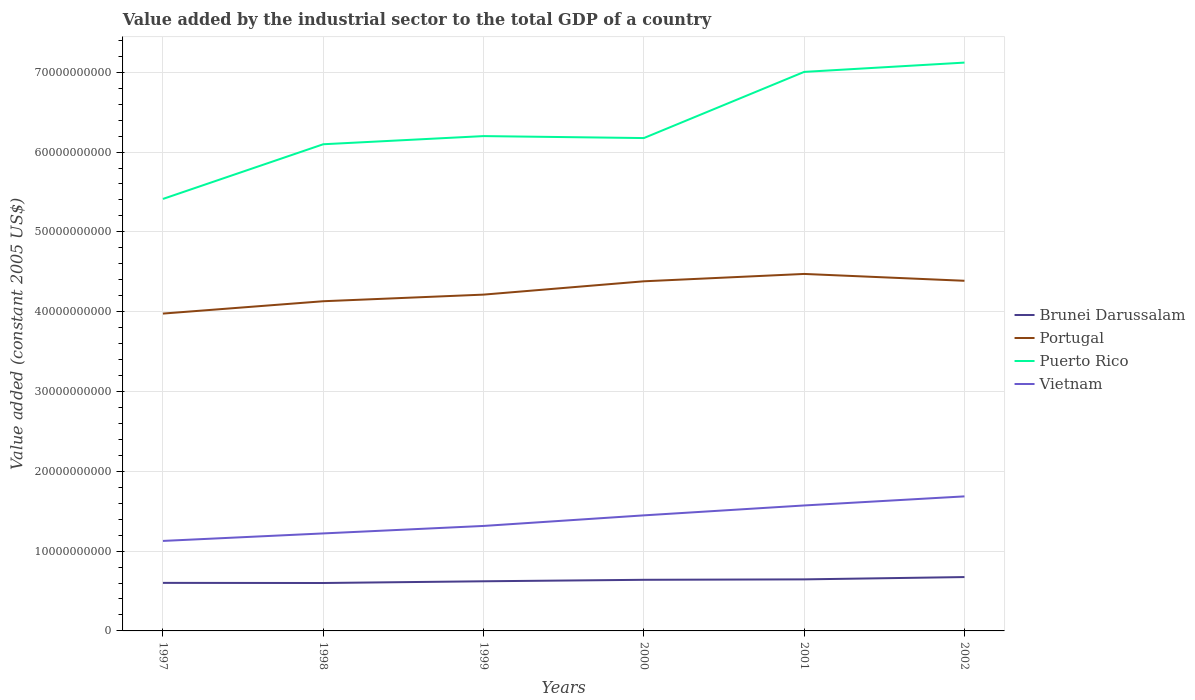
| Years | Brunei Darussalam | Portugal | Puerto Rico | Vietnam |
 | --- | --- | --- | --- | --- |
 | 1997 | 6.02e+09 | 3.98e+10 | 5.41e+10 | 1.13e+10 |
 | 1998 | 6e+09 | 4.13e+10 | 6.1e+10 | 1.22e+10 |
 | 1999 | 6.22e+09 | 4.21e+10 | 6.2e+10 | 1.32e+10 |
 | 2000 | 6.4e+09 | 4.38e+10 | 6.18e+10 | 1.45e+10 |
 | 2001 | 6.46e+09 | 4.47e+10 | 7e+10 | 1.57e+10 |
 | 2002 | 6.75e+09 | 4.39e+10 | 7.12e+10 | 1.69e+10 |